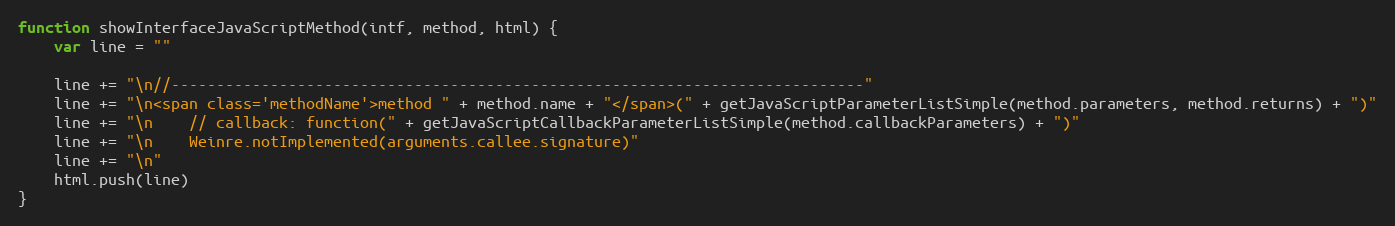
Language: JavaScript
function showInterfaceJavaScriptMethod(intf, method, html) {
    var line = ""

    line += "\n//-----------------------------------------------------------------------------"
    line += "\n<span class='methodName'>method " + method.name + "</span>(" + getJavaScriptParameterListSimple(method.parameters, method.returns) + ")"
    line += "\n    // callback: function(" + getJavaScriptCallbackParameterListSimple(method.callbackParameters) + ")"
    line += "\n    Weinre.notImplemented(arguments.callee.signature)"
    line += "\n"
    html.push(line)
}